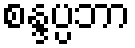
စန္ဒပ္ပဘာ